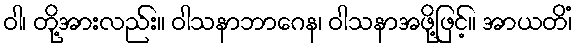
ဝါ၊ တို့အားလည်း။ ဝါသနာဘာဂေန၊ ဝါသနာအဖို့ဖြင့်။ အာယတိံ၊